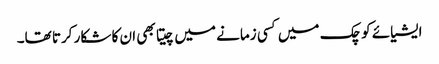
ایشیائے کوچک میں کسی زمانے میں چیتا بھی ان کا شکار کرتا تھا۔